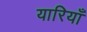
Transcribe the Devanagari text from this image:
यारियाँ